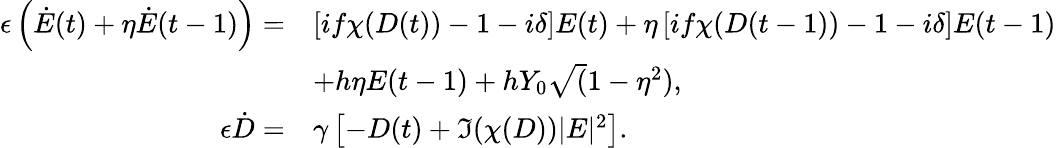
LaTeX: \begin{array}{rl}{\epsilon\left(\dot{E}(t)+\eta\dot{E}(t-1)\right)=}&{\left[if\chi(D(t))-1-i\delta\right]E(t)+\eta\left[if\chi(D(t-1))-1-i\delta\right]E(t-1)}\\ &{+h\eta E(t-1)+hY_{0}\sqrt(1-\eta^{2}),}\\ {\epsilon\dot{D}=}&{\gamma\left[-D(t)+\Im(\chi(D))|E|^{2}\right].}\end{array}